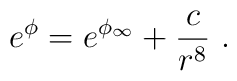
e^\phi = e^{\phi_\infty} + \frac{c}{r^8}\ .